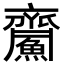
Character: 𪗏